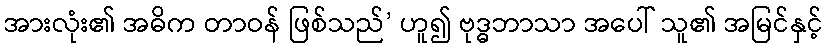
အားလုံး၏ အဓိက တာဝန် ဖြစ်သည်’ ဟူ၍ ဗုဒ္ဓဘာသာ အပေါ် သူ၏ အမြင်နှင့်